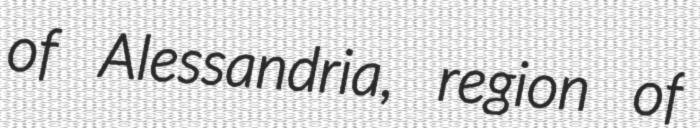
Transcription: of Alessandria, region of